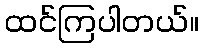
ထင်ကြပါတယ်။